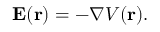
\mathbf { E } ( \mathbf { r } ) = - \nabla V ( \mathbf { r } ) .